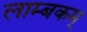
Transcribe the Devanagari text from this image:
लाम्बकम्